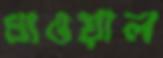
ধাওয়াল